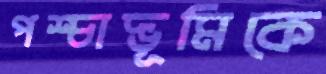
পশ্চাদ্ভূমিকে